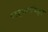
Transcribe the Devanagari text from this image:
परशुरामांकडून